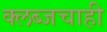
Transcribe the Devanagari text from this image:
क्लब्जचाही